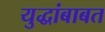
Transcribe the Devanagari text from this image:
युद्धांबाबत